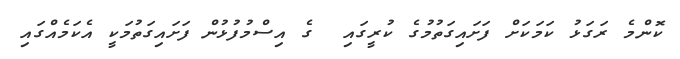
ކޮންމެ ރަގަޅު ކަމަކަށް ފަށައިގަތުމުގެ ކުރީގައި  ގެ އިސްމުފުޅުން ފަށައިގަތުމަކީ އެކަމެއްގައި